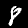
Label: 8